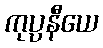
ကုပ္ပနီယေ